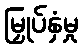
မြှုပ်နှံမှု